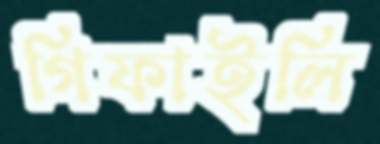
গিফাইলি